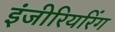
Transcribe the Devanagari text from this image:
इंजीरियरिंग